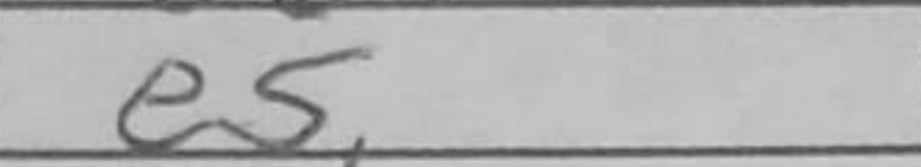
Transcription: e5